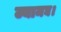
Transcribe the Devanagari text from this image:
ज्यामघ।